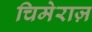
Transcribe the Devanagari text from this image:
चिमेराज़